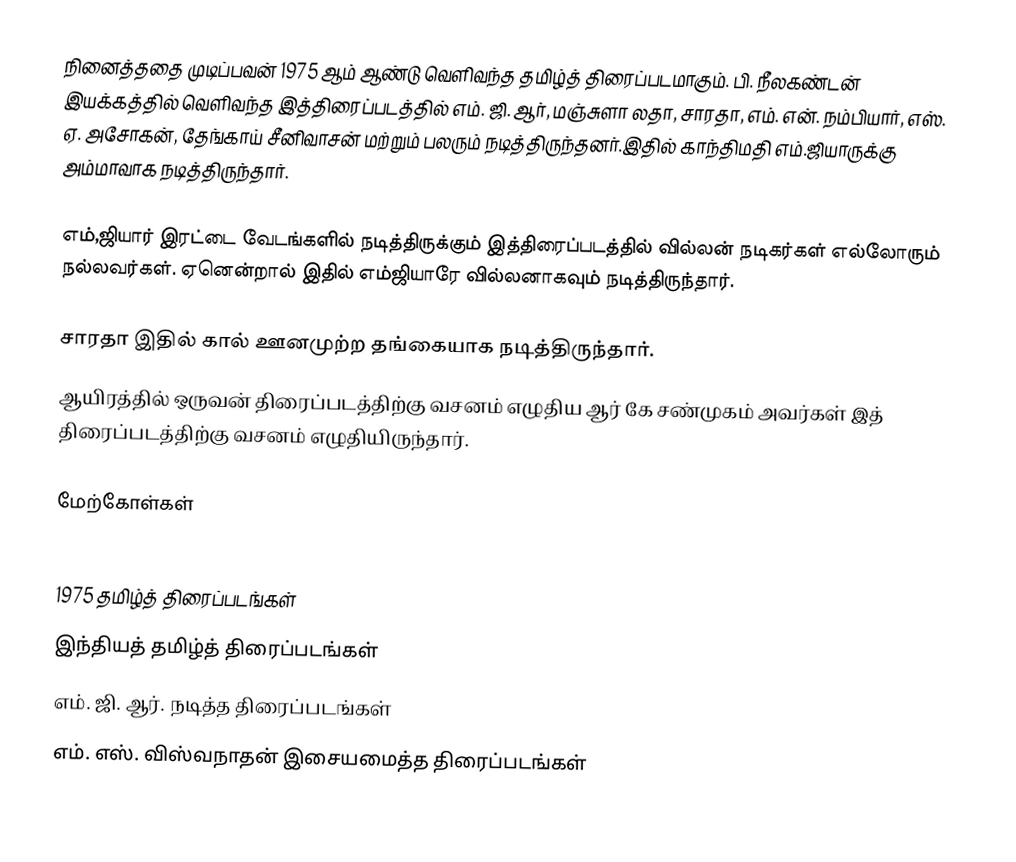
நினைத்ததை முடிப்பவன் 1975 ஆம் ஆண்டு வெளிவந்த தமிழ்த் திரைப்படமாகும். பி. நீலகண்டன் இயக்கத்தில் வெளிவந்த இத்திரைப்படத்தில் எம். ஜி. ஆர், மஞ்சுளா லதா, சாரதா, எம். என். நம்பியார், எஸ். ஏ. அசோகன், தேங்காய் சீனிவாசன் மற்றும் பலரும் நடித்திருந்தனர்.இதில் காந்திமதி எம்.ஜியாருக்கு அம்மாவாக நடித்திருந்தார்.

எம்,ஜியார் இரட்டை வேடங்களில் நடித்திருக்கும் இத்திரைப்படத்தில் வில்லன் நடிகர்கள் எல்லோரும் நல்லவர்கள். ஏனென்றால் இதில் எம்ஜியாரே வில்லனாகவும் நடித்திருந்தார்.

சாரதா இதில் கால் ஊனமுற்ற தங்கையாக நடித்திருந்தார்.
ஆயிரத்தில் ஒருவன் திரைப்படத்திற்கு வசனம் எழுதிய ஆர் கே சண்முகம் அவர்கள் இத் திரைப்படத்திற்கு வசனம் எழுதியிருந்தார்.

மேற்கோள்கள்

1975 தமிழ்த் திரைப்படங்கள்
இந்தியத் தமிழ்த் திரைப்படங்கள்
எம். ஜி. ஆர். நடித்த திரைப்படங்கள்
எம். எஸ். விஸ்வநாதன் இசையமைத்த திரைப்படங்கள்